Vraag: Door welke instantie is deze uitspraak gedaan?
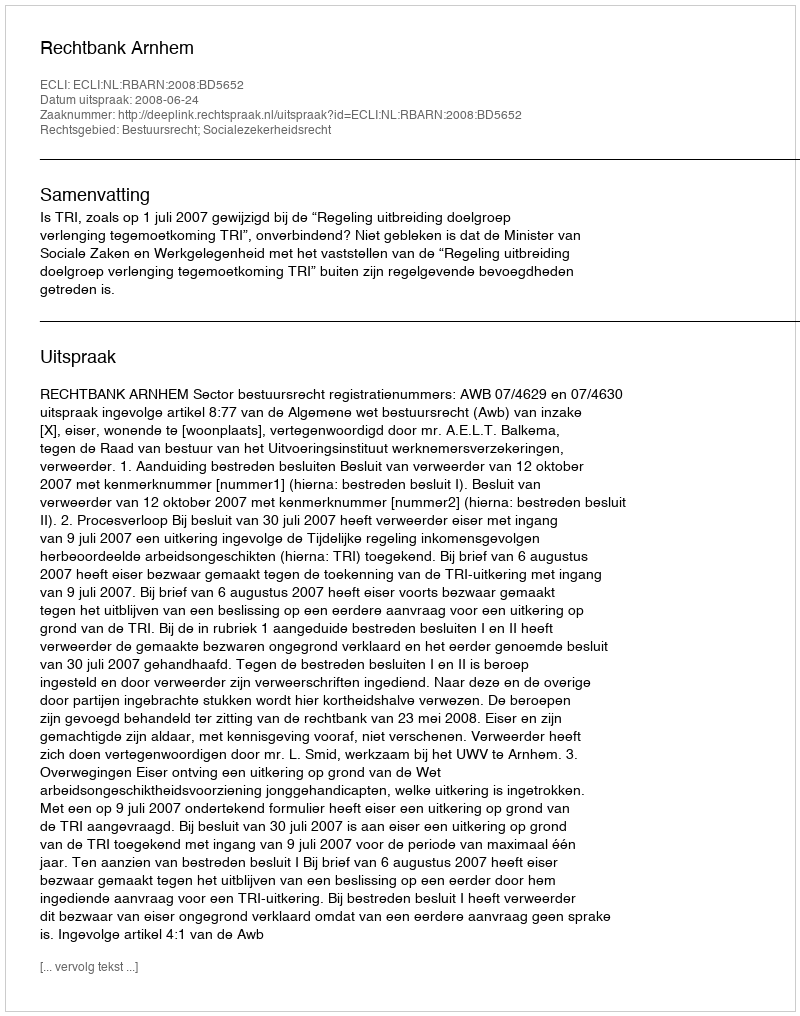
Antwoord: Rechtbank Arnhem